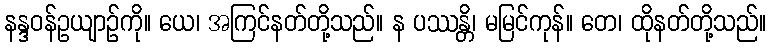
နန္ဒဝန်ဥယျာဉ်ကို။ ယေ၊ အကြင်နတ်တို့သည်။ န ပဿန္တိ၊ မမြင်ကုန်။ တေ၊ ထိုနတ်တို့သည်။